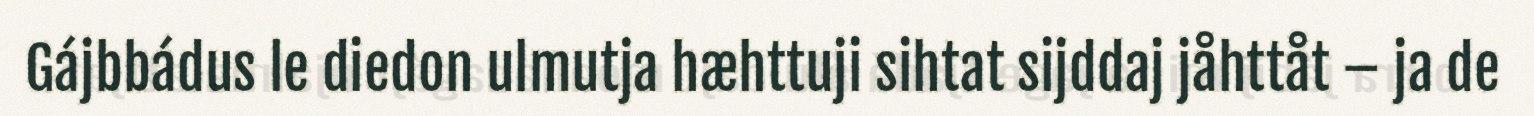
Gájbbádus le diedon ulmutja hæhttuji sihtat sijddaj jåhttåt – ja de